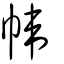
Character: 幃